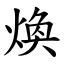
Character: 煥